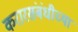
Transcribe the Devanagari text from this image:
करारसंबंधीच्या